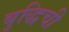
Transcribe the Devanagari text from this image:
बुद्धिची